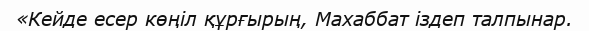
«Кейде есер көңіл құрғырың, Махаббат іздеп талпынар.